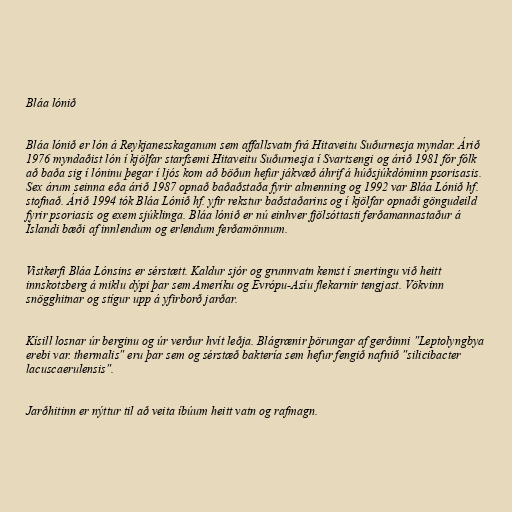
Bláa lónið

Bláa lónið er lón á Reykjanesskaganum sem affallsvatn frá Hitaveitu Suðurnesja myndar. Árið
1976 myndaðist lón í kjölfar starfsemi Hitaveitu Suðurnesja í Svartsengi og árið 1981 fór fólk
að baða sig í lóninu þegar í ljós kom að böðun hefur jákvæð áhrif á húðsjúkdóminn psorisasis.
Sex árum seinna eða árið 1987 opnað baðaðstaða fyrir almenning og 1992 var Bláa Lónið hf.
stofnað. Árið 1994 tók Bláa Lónið hf. yfir rekstur baðstaðarins og í kjölfar opnaði göngudeild
fyrir psoriasis og exem sjúklinga. Bláa lónið er nú einhver fjölsóttasti ferðamannastaður á
Íslandi bæði af innlendum og erlendum ferðamönnum.

Vistkerfi Bláa Lónsins er sérstætt. Kaldur sjór og grunnvatn kemst í snertingu við heitt
innskotsberg á miklu dýpi þar sem Ameríku og Evrópu-Asíu flekarnir tengjast. Vökvinn
snögghitnar og stígur upp á yfirborð jarðar.

Kísill losnar úr berginu og úr verður hvít leðja. Blágrænir þörungar af gerðinni "Leptolyngbya
erebi var. thermalis" eru þar sem og sérstæð baktería sem hefur fengið nafnið "silicibacter
lacuscaerulensis".

Jarðhitinn er nýttur til að veita íbúum heitt vatn og rafmagn.